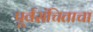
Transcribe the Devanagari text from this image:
पूर्वसंचिताचा